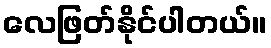
လေဖြတ်နိုင်ပါတယ်။